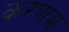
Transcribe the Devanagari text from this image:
करणम